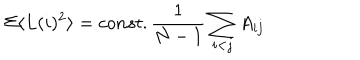
\Sigma \langle L ( i ) ^ { 2 } \rangle = c o n s t . \frac { 1 } { N - 1 } \sum _ { i < j } A _ { i j }